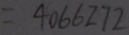
= 4 0 6 6 2 7 2